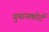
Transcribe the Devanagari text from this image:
गुयानकोर्ट